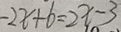
- 2 x + 6 = 2 x - 3